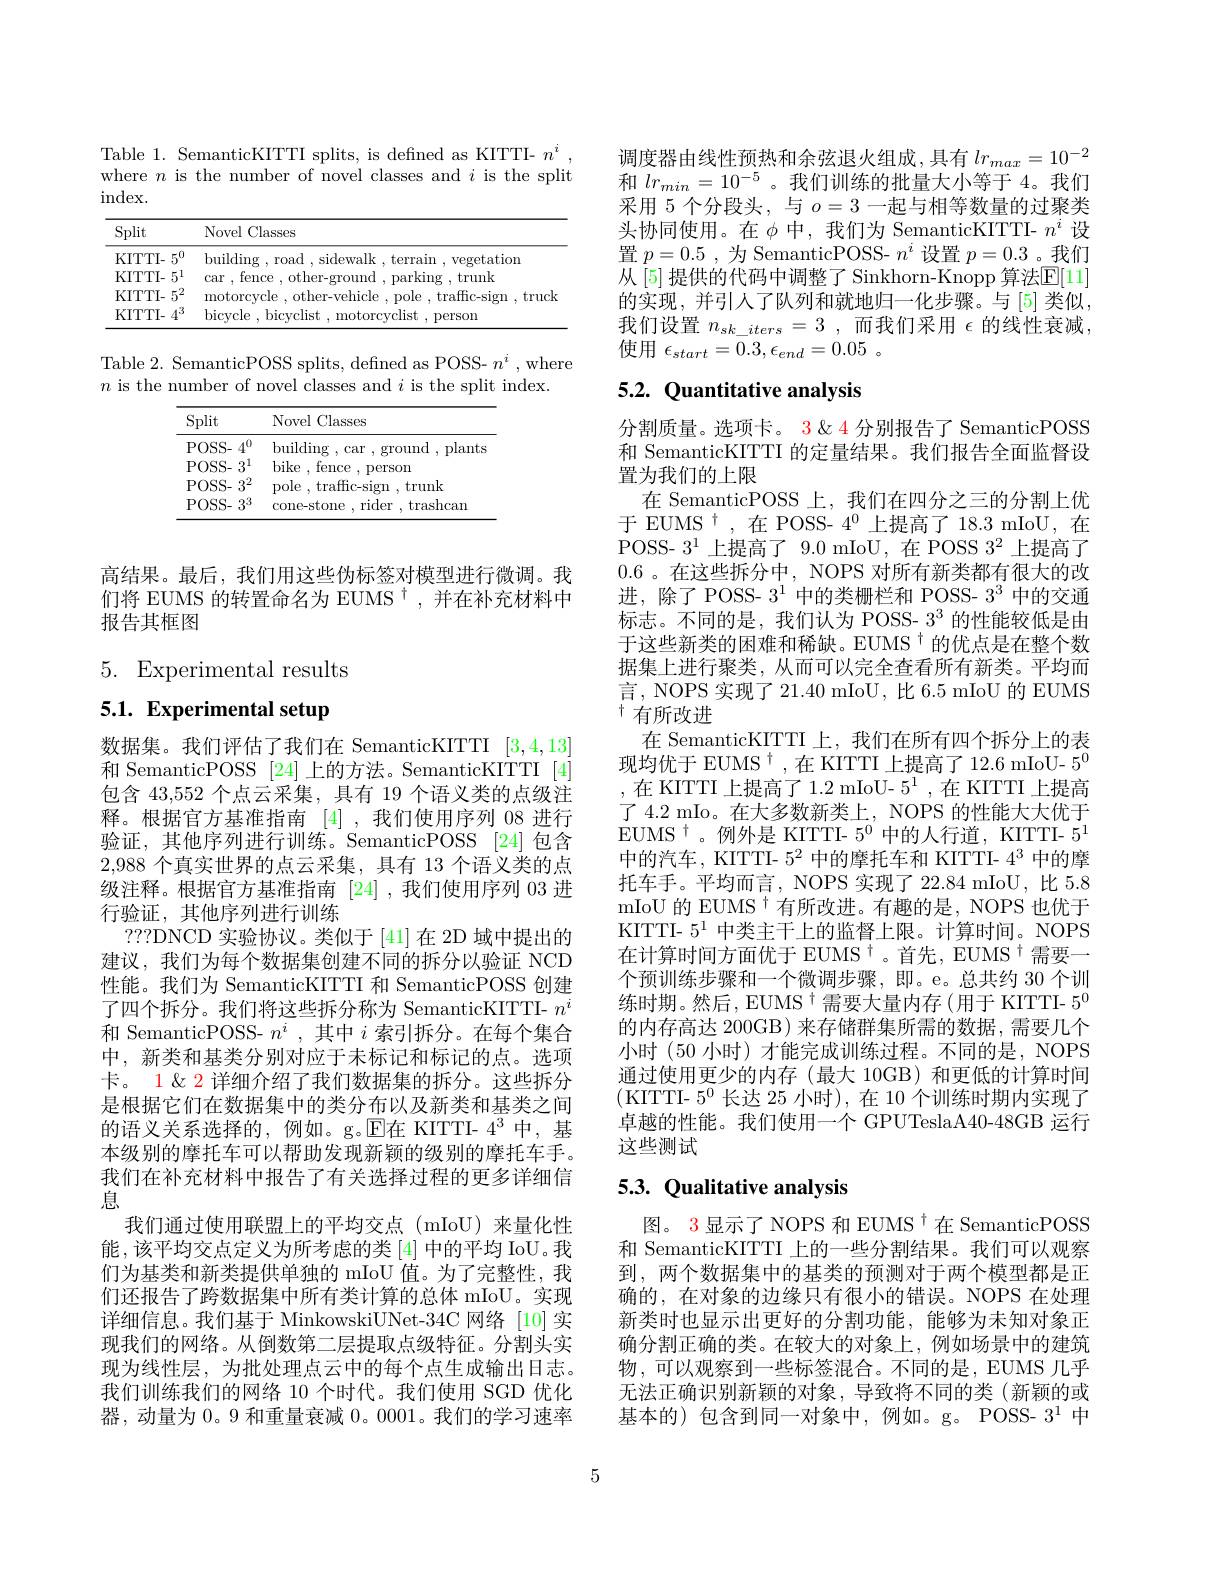
Table 1. SemanticKITTI splits, is defned as KITTI- $n^i$, where $n$ is the number of novel classes and $i$ is the split index.

<table>
	<tbody>
		<tr>
			<th>Split</th>
			<th>Novel Classes</th>
		</tr>
		<tr>
			<td>KITTI- $5^{0}$</td>
			<td>bui tion</td>
		</tr>
		<tr>
			<td>KITTI- $5^{1}$</td>
			<td>rar fence trunk</td>
		</tr>
		<tr>
			<td>KITTI- $5^{2}$</td>
			<td>mota iruc</td>
		</tr>
		<tr>
			<td>KITTI- $.AD$</td>
			<td>bicvcle person</td>
		</tr>
	</tbody>
</table>

Table 2. SemanticPOSS splits, defned as POSS- $n^i$, where
$n$ is the number of novel classes and $i$ is the split index.

<table>
	<tbody>
		<tr>
			<th>Split</th>
			<th>Novel Classes</th>
		</tr>
		<tr>
			<td>POSS- $4^{0}$</td>
			<td>building , ground , plants CAT</td>
		</tr>
		<tr>
			<td>POSS- $3^{1}$</td>
			<td>bike ,fence ,person</td>
		</tr>
		<tr>
			<td>POSS- $3^{2}$</td>
			<td>pole ,traffic-sign ,trunk</td>
		</tr>
		<tr>
			<td>POSS- $3^{3}$</td>
			<td>cone-stone , rider , trashcan</td>
		</tr>
	</tbody>
</table>

高结果。最后，我们用这些伪标签对模型进行微调。我们将 EUMS 的转置命名为 EUMS $^{\dagger}$,并在补充材料中报告其框图

5. Experimental results

# 5.1. Experimental setup

数据集。我们评估了我们在 SemanticKITTI [3,4,13] 和 SemanticPOSS [24] 上的方法。SemanticKITTI [4] 包含 43,552 个点云采集，具有 19 个语义类的点级注释。根据官方基准指南[4] ,我们使用序列 08 进行验证，其他序列进行训练。SemanticPOSS [24]包含2,988个真实世界的点云采集，具有 13 个语义类的点级注释。根据官方基准指南 [24],我们使用序列 03 进行验证，其他序列进行训练
???DNCD 实验协议。类似于 [41]在 2D 域中提出的建议，我们为每个数据集创建不同的拆分以验证 NCD 性能。我们为 SemanticKITTI 和 SemanticPOSS 创建了四个拆分。我们将这些拆分称为 SemanticKITTI- $n^i$ 和 SemanticPOSS- $n^i$,其中$i$索引拆分。在每个集合中，新类和基类分别对应于未标记和标记的点。选项卡。1 $\&$ 2 详细介绍了我们数据集的拆分。这些拆分是根据它们在数据集中的类分布以及新类和基类之间的语义关系选择的，例如。g。E在 KITTI- $4^3$ 中，基本级别的摩托车可以帮助发现新颖的级别的摩托车手。我们在补充材料中报告了有关选择过程的更多详细信息
我们通过使用联盟上的平均交点(mIoU)来量化性能，该平均交点定义为所考虑的类[4]中的平均 IoU。我们为基类和新类提供单独的 mIoU 值。为了完整性，我们还报告了跨数据集中所有类计算的总体 mIoU。实现详细信息。我们基于 MinkowskiUNet-34C 网络 [10]实现我们的网络。从倒数第二层提取点级特征。分割头实现为线性层，为批处理点云中的每个点生成输出日志。我们训练我们的网络 10 个时代。我们使用 SGD 优化器，动量为0。9 和重量衰减0。0001。我们的学习速率

调度器由线性预热和余弦退火组成，具有$lr_{max}=10^{-2}$ 和$lr_{min}=10^{-5}$。我们训练的批量大小等于 4。我们采用 5 个分段头，与$o=3$一起与相等数量的过聚类头协同使用。在$\phi$中，我们为 SemanticKITTI- $n^i$设置$p= 0. 5$ ,为 SemanticPOSS- $n^i$设置$p=0.3$ 。我们从[5]提供的代码中调整了Sinkhorn-Knopp算法$\mathbb{E}[11]$ 的实现，并引人了队列和就地归一化步骤。与[5]类似， 我们设置 $n_sk\_iters=3$,而我们采用 $\epsilon$ 的线性衰减， 使用$\epsilon _{start}= 0. 3, \epsilon _{end}= 0. 05$ .

# 5.2. Quantitative analysis

分割质量。选项卡。3 & 4 分别报告了 SemanticPOSS 和 SemanticKITTI 的定量结果。我们报告全面监督设置为我们的上限
在 SemanticPOSS 上，我们在四分之三的分割上优于 $\bar{\mathrm{EUMS}}^{\dagger}$,在 POSS- $4^{0}$ 上提高了 18.3 mIoU,在POSS- $3^1$上提高了 9.0 mIoU,在 POSS $3^2$上提高了0.6 。在这些拆分中，NOPS 对所有新类都有很大的改进，除了 POSS- $3^1$中的类栅栏和 POSS- $3^3$中的交通标志。不同的是，我们认为 POSS- $3^3$的性能较低是由于这些新类的困难和稀缺。EUMS$^{\dagger}$的优点是在整个数据集上进行聚类，从而可以完全查看所有新类。平均而言，NOPS 实现了 21.40 mIoU, 比 6.5 mIoU 的 EUMS $^{\dagger}$有所改进
在 SemanticKITTI 上，我们在所有四个拆分上的表现均优于 EUMS$^\dagger$,在 KITTI 上提高了12.6 mIoU- $5^0$ ,在 KITTI 上提高了1.2 mIoU- $5^1$,在 KITTI 上提高了 4.2 mIo。在大多数新类上，NOPS 的性能大大优于$\tilde{\mathrm{EUMS~}}^{\dagger}$。例外是 KITTI- $5^0$中的人行道，KITTI- $5^1$ 中的汽车，KITTI- $5^2$中的摩托车和 KITTI- $4^3$中的摩托车手。平均而言，NOPS 实现了 22.84 mIoU, 比 5.8 mIoU 的 EUMS $^{\dagger}$有所改进。有趣的是，NOPS 也优于KITTI- $5^1$中类主干上的监督上限。计算时间。NOPS 在计算时间方面优于 EUMS $^\dagger$。首先，EUMS$^\dagger$需要一个预训练步骤和一个微调步骤，即。e。总共约 30 个训练时期。然后，EUMS $^\dagger$需要大量内存(用于 KITTI- $5^0$ 的内存高达 200GB) 来存储群集所需的数据，需要几个小时 (50 小时) 才能完成训练过程。不同的是，NOPS 通过使用更少的内存(最大 10GB)和更低的计算时间(KITTI- $5^0$长达 25 小时),在 10 个训练时期内实现了卓越的性能。我们使用一个 GPUTeslaA40-48GB 运行这些测试

# 5.3. Qualitative analysis

图。3显示了 NOPS 和 EUMS $^{\dagger}$在 SemanticPOSS 和 SemanticKITTI 上的一些分割结果。我们可以观察到，两个数据集中的基类的预测对于两个模型都是正确的，在对象的边缘只有很小的错误。NOPS 在处理新类时也显示出更好的分割功能，能够为未知对象正确分割正确的类。在较大的对象上，例如场景中的建筑物 ,可以观察到一些标签混合。不同的是，EUMS 几乎无法正确识别新颖的对象，导致将不同的类(新颖的或基本的) 包含到同一对象中，例如。g。POSS- 3$^{1}$中

5